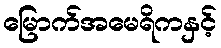
မြောက်အမေရိကနှင့်